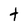
Character: t